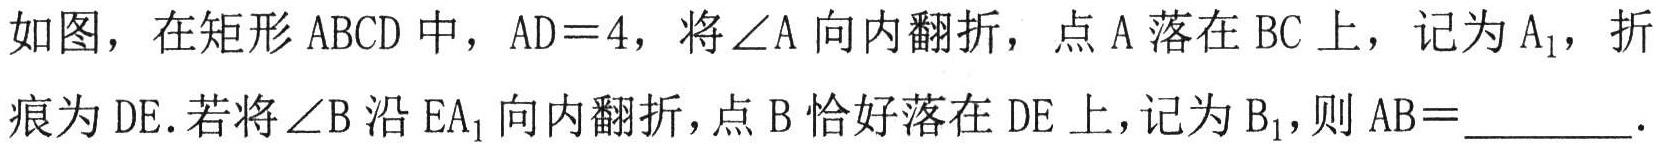
如图，在矩形 \(ABCD\) 中，\(AD = 4\)，将\(\angle A\) 向内翻折，点 \(A\) 落在 \(BC\) 上，记为 \(A_{1}\)，折痕为 \(DE\). 若将\(\angle B\) 沿 \(EA_{1}\) 向内翻折，点 \(B\) 恰好落在 \(DE\) 上，记为 \(B_{1}\)，则 \(AB = \_\_\_\_\_\).